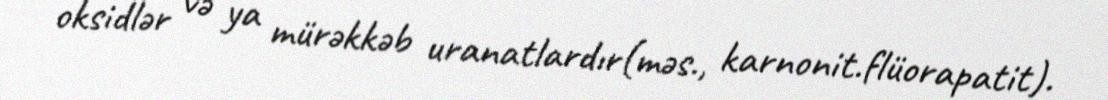
oksidlər və ya mürəkkəb uranatlardır(məs., karnonit.flüorapatit).